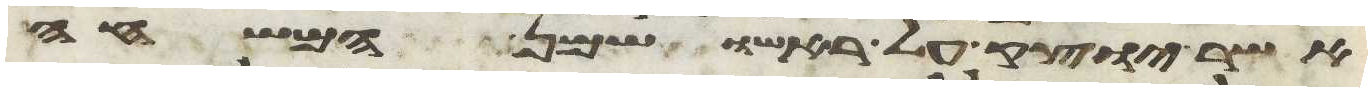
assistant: אשר יוצק על ראשו שמן המשחה